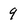
Character: 9